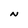
Character: N